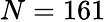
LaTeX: N=161